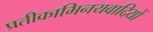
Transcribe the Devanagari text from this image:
प्रतीकाभिनयवादियों